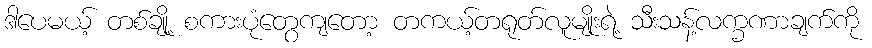
ဒါပေမယ့် တစ်ချို့ စကားပုံတွေကျတော့ တကယ့်တရုတ်လူမျိုးရဲ့ သီးသန့်လက္ခဏာချက်ကို